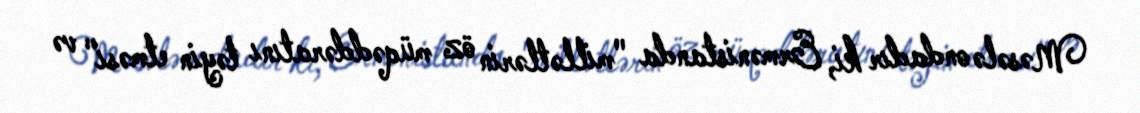
Məsələ ondadır ki, Ermənistanda "millətlərin öz müqəddəratını təyin etməsi" və